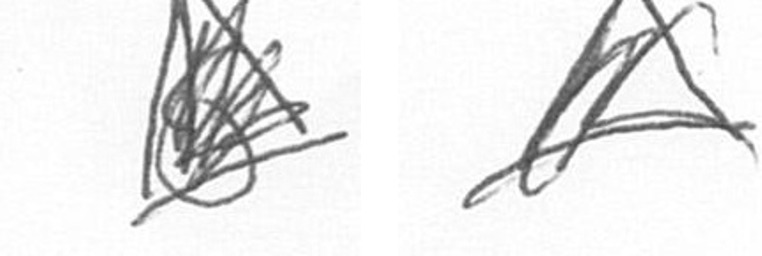
O O